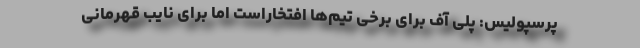
پرسپولیس: پلی آف برای برخی تیم‌ها افتخاراست اما برای نایب قهرمانی